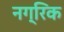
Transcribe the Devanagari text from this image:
नग्रिक